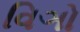
વિઞો